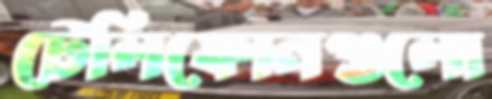
টেলিফোনগুলো